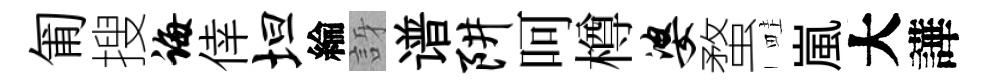
匍搜诲倖坦綸訝谱阱呵樽婆蝥畦嵐大譁